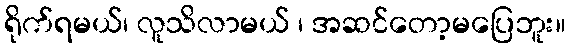
ရိုက်ရမယ်၊ လူသိလာမယ် ၊ အဆင်တော့မပြေဘူး။